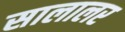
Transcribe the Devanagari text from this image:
सालालर